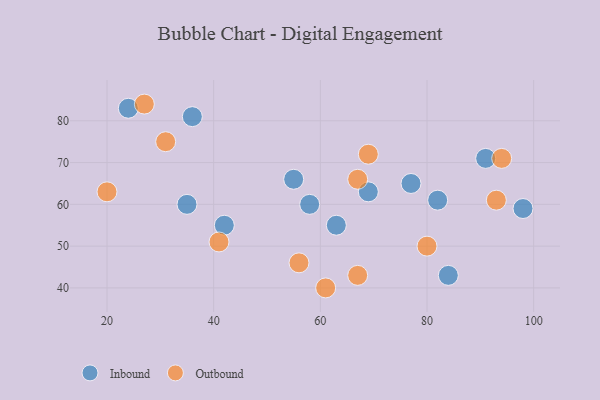
{"axis": {"x": "GDP", "y": "Life Expectancy"}, "legend": ["Inbound", "Outbound"], "data": [{"x": "98", "y": 59, "type": "Inbound"}, {"x": "42", "y": 55, "type": "Inbound"}, {"x": "58", "y": 60, "type": "Inbound"}, {"x": "24", "y": 83, "type": "Inbound"}, {"x": "36", "y": 81, "type": "Inbound"}, {"x": "35", "y": 60, "type": "Inbound"}, {"x": "91", "y": 71, "type": "Inbound"}, {"x": "55", "y": 66, "type": "Inbound"}, {"x": "69", "y": 63, "type": "Inbound"}, {"x": "63", "y": 55, "type": "Inbound"}, {"x": "82", "y": 61, "type": "Inbound"}, {"x": "84", "y": 43, "type": "Inbound"}, {"x": "77", "y": 65, "type": "Inbound"}, {"x": "93", "y": 61, "type": "Outbound"}, {"x": "69", "y": 72, "type": "Outbound"}, {"x": "80", "y": 50, "type": "Outbound"}, {"x": "31", "y": 75, "type": "Outbound"}, {"x": "41", "y": 51, "type": "Outbound"}, {"x": "67", "y": 66, "type": "Outbound"}, {"x": "94", "y": 71, "type": "Outbound"}, {"x": "67", "y": 43, "type": "Outbound"}, {"x": "20", "y": 63, "type": "Outbound"}, {"x": "27", "y": 84, "type": "Outbound"}, {"x": "56", "y": 46, "type": "Outbound"}, {"x": "61", "y": 40, "type": "Outbound"}]}